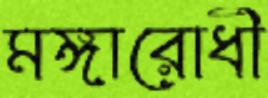
মঙ্গারোধী